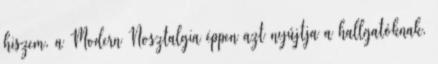
hiszem, a Modern Nosztalgia éppen azt nyújtja a hallgatóknak,